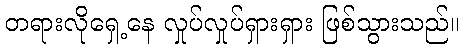
တရားလိုရှေ့နေ လှုပ်လှုပ်ရှားရှား ဖြစ်သွားသည်။